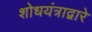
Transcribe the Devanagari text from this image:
शोधयंत्राद्वारे